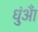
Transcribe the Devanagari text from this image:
धुंआँ